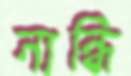
নান্ধি